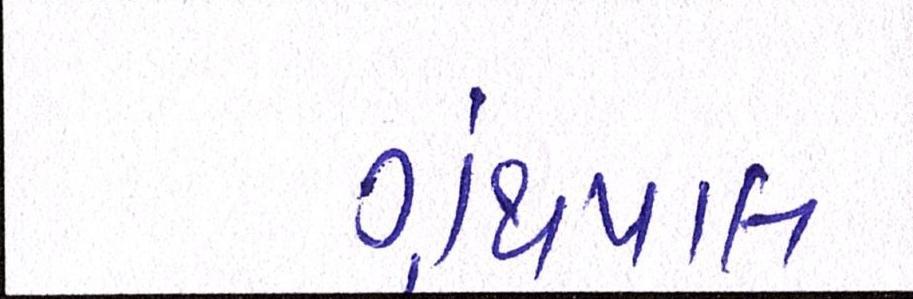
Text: ગ્રંથપાલ